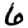
Digit: 6